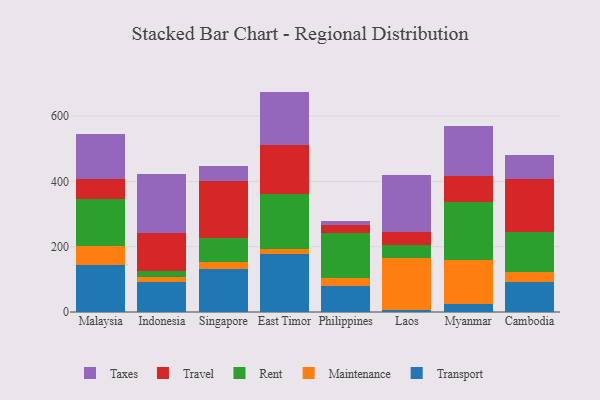
{"axis": {"x": "Country", "y": "Temperature (°C)"}, "legend": ["Maintenance", "Rent", "Taxes", "Transport", "Travel"], "data": [{"x": "Malaysia", "y": 143.9, "type": "Transport"}, {"x": "Malaysia", "y": 58.1, "type": "Maintenance"}, {"x": "Malaysia", "y": 144.6, "type": "Rent"}, {"x": "Malaysia", "y": 60.4, "type": "Travel"}, {"x": "Malaysia", "y": 136.8, "type": "Taxes"}, {"x": "Indonesia", "y": 92.7, "type": "Transport"}, {"x": "Indonesia", "y": 15.1, "type": "Maintenance"}, {"x": "Indonesia", "y": 18.4, "type": "Rent"}, {"x": "Indonesia", "y": 116.2, "type": "Travel"}, {"x": "Indonesia", "y": 180.0, "type": "Taxes"}, {"x": "Singapore", "y": 132.5, "type": "Transport"}, {"x": "Singapore", "y": 21.8, "type": "Maintenance"}, {"x": "Singapore", "y": 72.8, "type": "Rent"}, {"x": "Singapore", "y": 173.5, "type": "Travel"}, {"x": "Singapore", "y": 46.5, "type": "Taxes"}, {"x": "East Timor", "y": 177.5, "type": "Transport"}, {"x": "East Timor", "y": 14.2, "type": "Maintenance"}, {"x": "East Timor", "y": 169.4, "type": "Rent"}, {"x": "East Timor", "y": 150.5, "type": "Travel"}, {"x": "East Timor", "y": 163.5, "type": "Taxes"}, {"x": "Philippines", "y": 78.8, "type": "Transport"}, {"x": "Philippines", "y": 26.4, "type": "Maintenance"}, {"x": "Philippines", "y": 137.5, "type": "Rent"}, {"x": "Philippines", "y": 24.1, "type": "Travel"}, {"x": "Philippines", "y": 13.1, "type": "Taxes"}, {"x": "Laos", "y": 6.3, "type": "Transport"}, {"x": "Laos", "y": 159.1, "type": "Maintenance"}, {"x": "Laos", "y": 40.7, "type": "Rent"}, {"x": "Laos", "y": 40.2, "type": "Travel"}, {"x": "Laos", "y": 173.1, "type": "Taxes"}, {"x": "Myanmar", "y": 25.5, "type": "Transport"}, {"x": "Myanmar", "y": 135.0, "type": "Maintenance"}, {"x": "Myanmar", "y": 176.8, "type": "Rent"}, {"x": "Myanmar", "y": 78.4, "type": "Travel"}, {"x": "Myanmar", "y": 154.2, "type": "Taxes"}, {"x": "Cambodia", "y": 91.2, "type": "Transport"}, {"x": "Cambodia", "y": 32.0, "type": "Maintenance"}, {"x": "Cambodia", "y": 121.8, "type": "Rent"}, {"x": "Cambodia", "y": 163.6, "type": "Travel"}, {"x": "Cambodia", "y": 72.4, "type": "Taxes"}]}